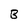
Character: B